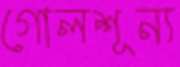
গোলশূন্য